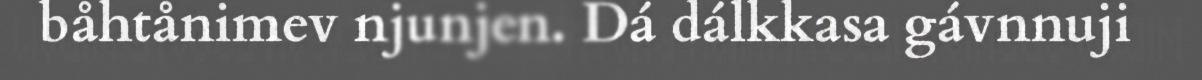
båhtånimev njunjen. Dá dálkkasa gávnnuji